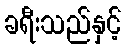
ခရီးသည်နှင့်